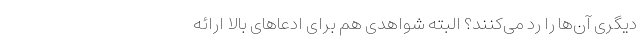
دیگری آن‌ها را رد می‌کنند؟ البته شواهدی هم برای ادعاهای بالا ارائه